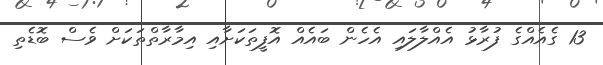
13 ގެއެއްގެ ފުރާޅު އެއްލާލައި އެހެން ބައެއް އޮފީތަކަށާއި އިމާރާތްތަކަށް ވެސް ބޮޑެތި